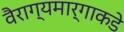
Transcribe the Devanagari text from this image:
वैराग्यमार्गाकडे